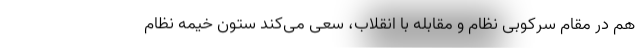
هم در مقام سرکوبی نظام و مقابله با انقلاب، سعی می‌کند ستون خیمه نظام